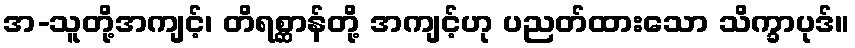
အ-သူတို့အကျင့်၊ တိရစ္ဆာန်တို့ အကျင့်ဟု ပညတ်ထားသော သိက္ခာပုဒ်။